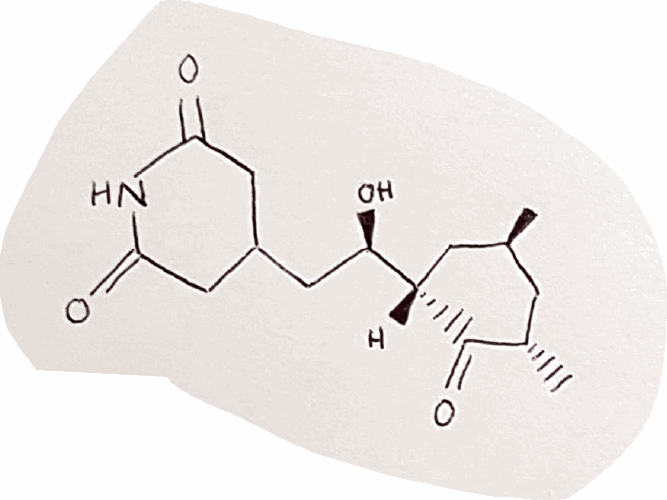
Simplified molecular-input line-entry system (SMILES) notation of the given molecule:
C[C@H]1C[C@@H](C(=O)[C@@H](C1)[C@@H](CC2CC(=O)NC(=O)C2)O)C